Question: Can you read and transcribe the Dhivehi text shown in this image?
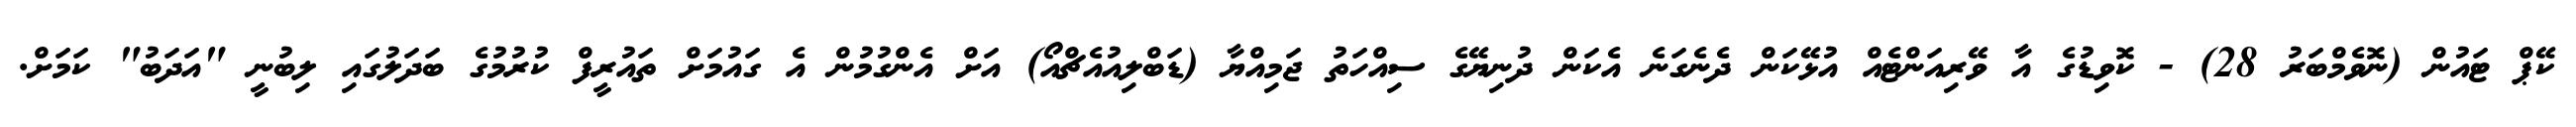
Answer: ކޭޕް ޓައުން (ނޮވެމްބަރު 28) - ކޮވިޑުގެ އާ ވޭރިއަންޓެއް އުޅޭކަން ދެނެގަނެ އެކަން ދުނިޔޭގެ ސިއްހަތު ޖަމިއްޔާ (ޑަބްލިއުއެޗްއޯ) އަށް އެންގުމުން އެ ގައުމަށް ތައުރީފް ކުރުމުގެ ބަދަލުގައި ލިބުނީ "އަދަބު" ކަމަށް.